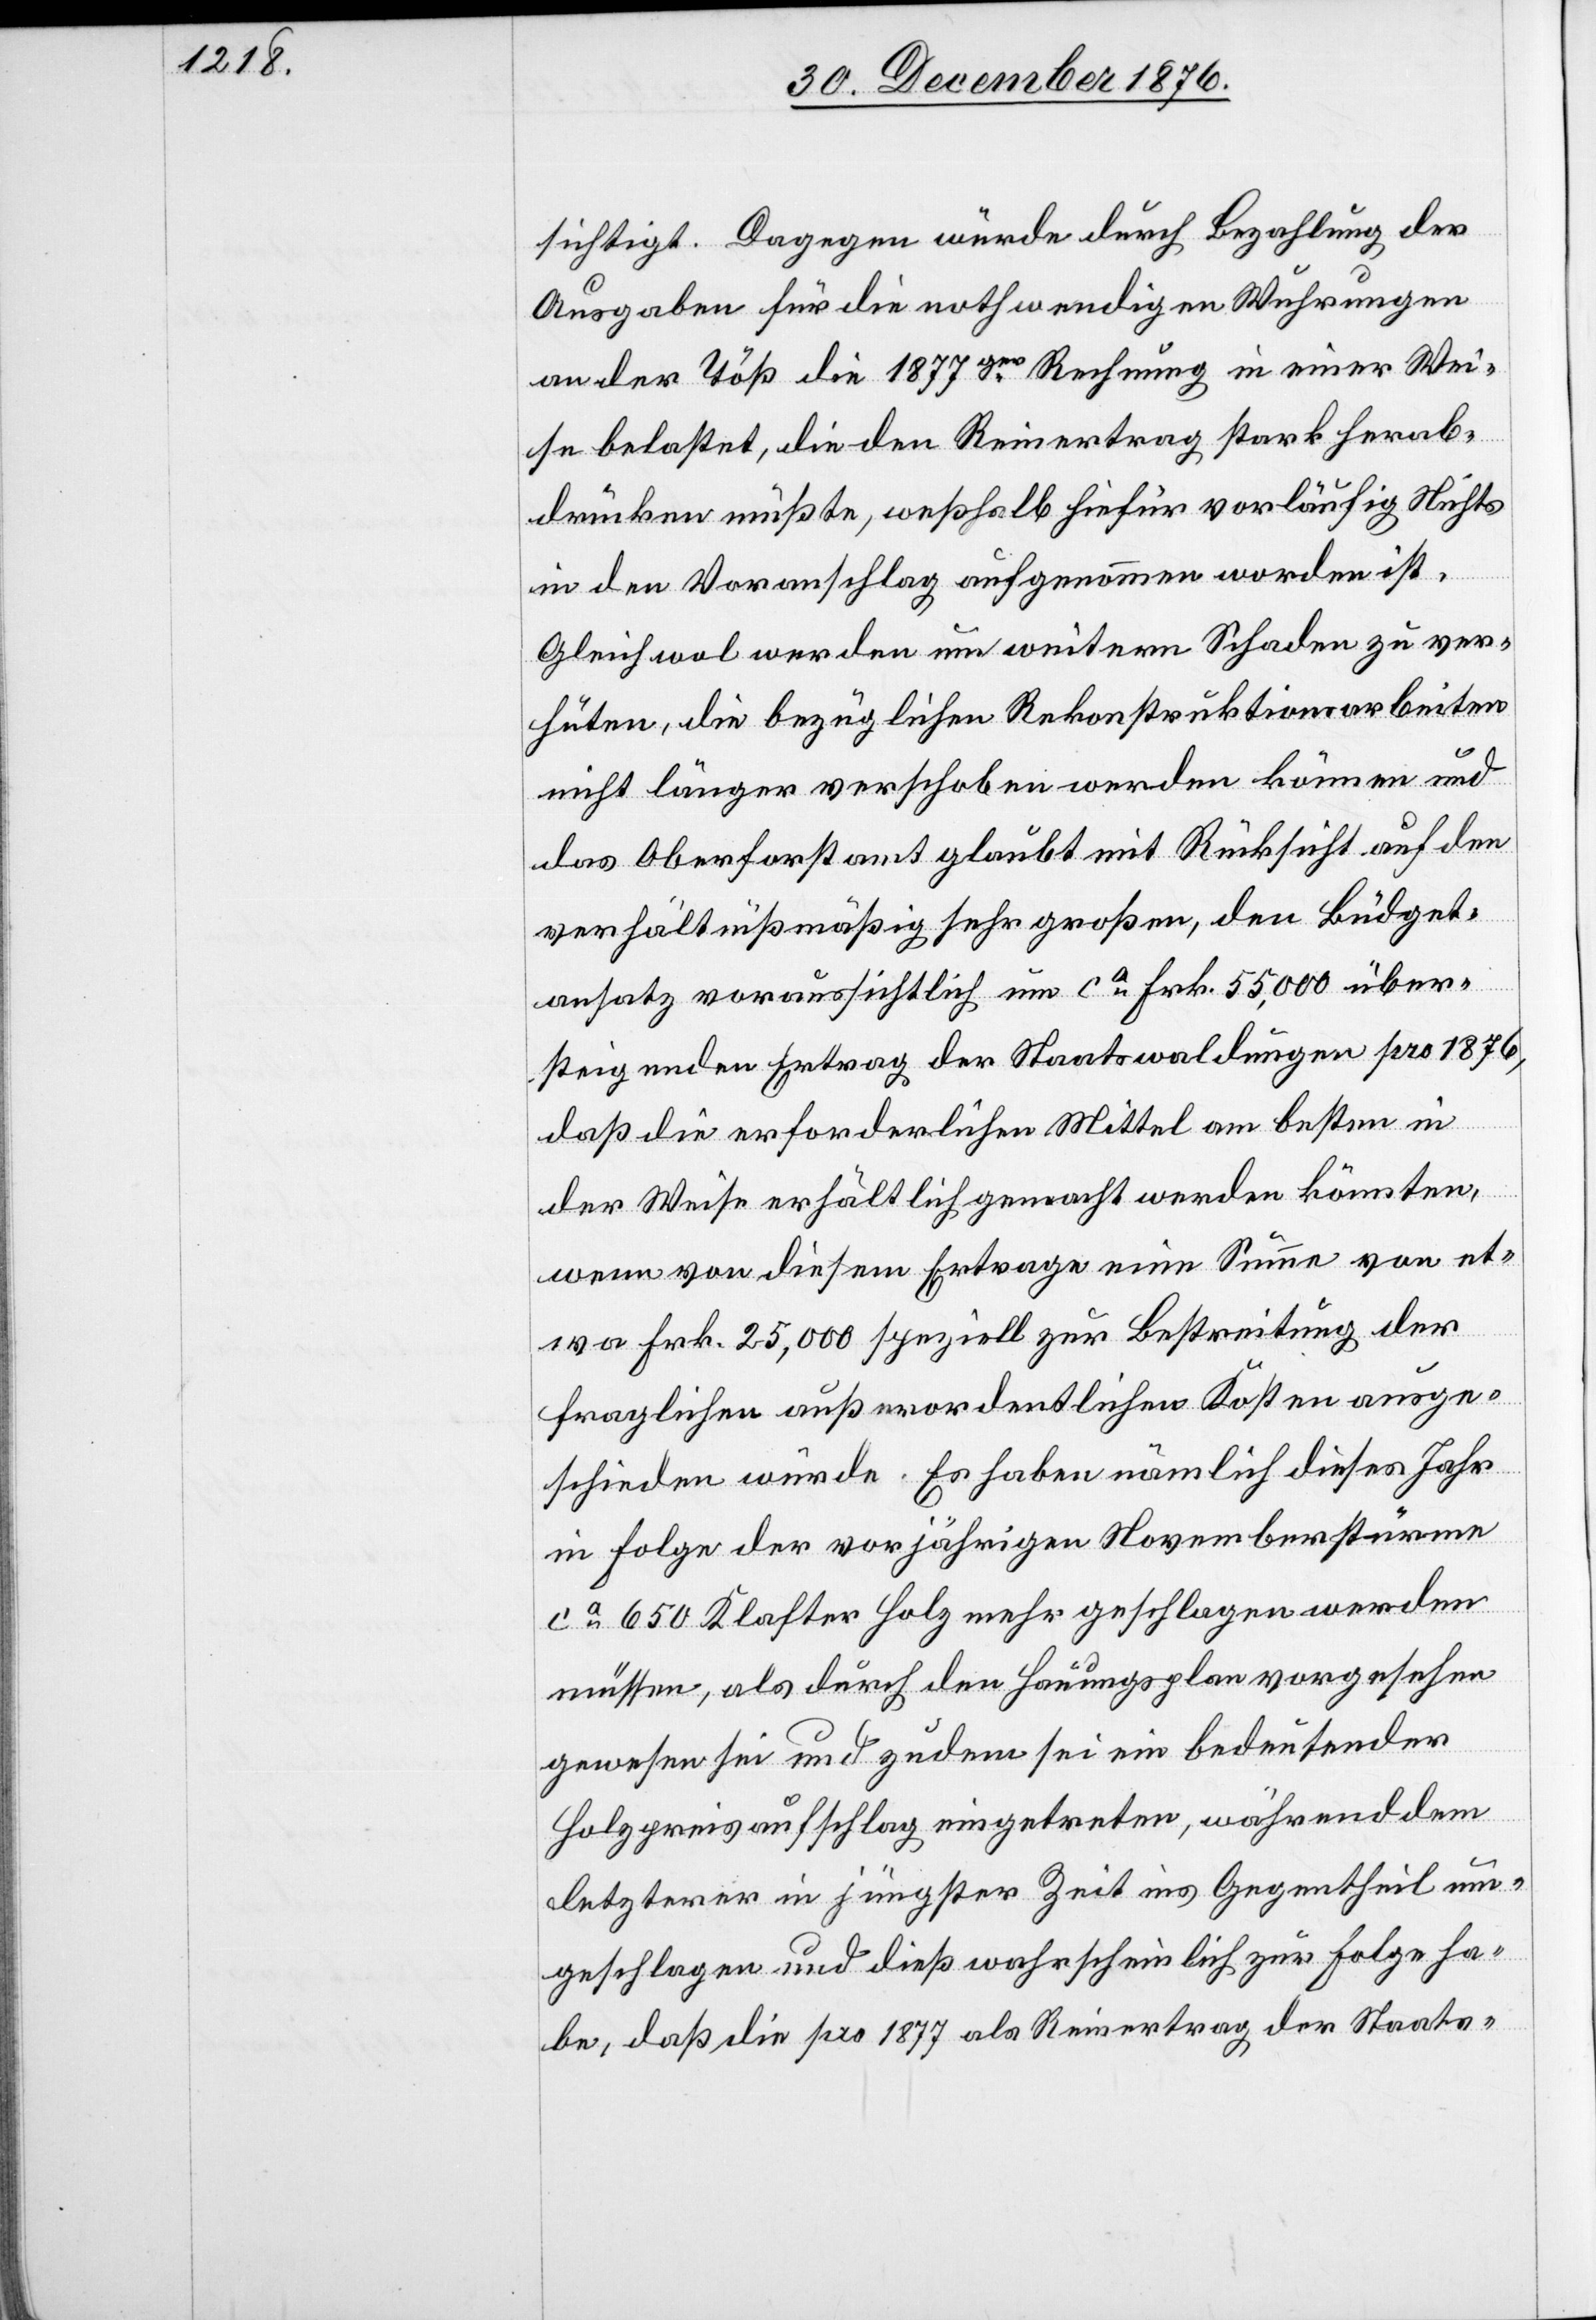
sichtigt. Dagegen würde durch Bezahlung der
Ausgaben für die nothwendigen Wuhrungen
an der Töß die 1877ger Rechnung in einer Wei¬
se belastet, die den Reinertrag stark herab¬
drücken müßte, weßhalb hiefür vorläufig Nichts
in den Voranschlag aufgenommen worden ist.
Gleichwol werden um weitern Schaden zu ver¬
hüten, die bezüglichen Rekonstruktionsarbeiten
nicht länger verschoben werden können und
das Oberforstamt glaubt mit Rücksicht auf den
verhältnißmäßig sehr großen, den Büdget¬
ansatz voraussichtlich um ca Frk. 55,000 über¬
steigenden Ertrag der Staatswaldungen pro 1876,
daß die erforderlichen Mittel am besten in
der Weise erhältlich gemacht werden könnten,
wenn von diesem Ertrage eine Summe von et¬
wa Frk. 25,000 speziell zur Bestreitung der
fraglichen außerordentlichen Kosten ausge¬
schieden würde. Es haben nämlich dieses Jahr
in Folge der vorjährigen Novemberstürme
ca 650 Klafter Holz mehr geschlagen werden
müssen, als durch den Hauungsplan vorgesehen
gewesen sei und zudem sei ein bedeutender
Holzpreisaufschlag eingetreten, währenddem
letzterer in jüngster Zeit ins Gegentheil um¬
geschlagen und dieß wahrscheinlich zur Folge ha¬
be, daß die pro 1877 als Reinertrag der Staats-